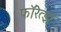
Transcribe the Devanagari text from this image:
फॉरेत्झ